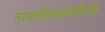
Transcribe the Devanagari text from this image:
नागलोकप्रदायिनी